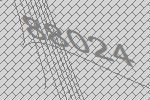
88024